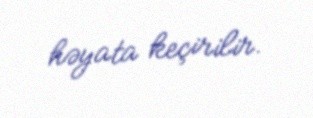
həyata keçirilir.